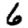
Digit: 6